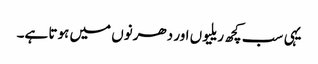
یہی سب کچھ ریلیوں اور دھرنوں میں ہوتا ہے۔